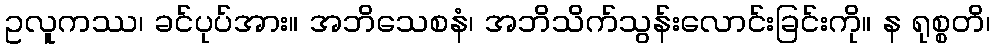
ဥလူကဿ၊ ခင်ပုပ်အား။ အဘိသေစနံ၊ အဘိသိက်သွန်းလောင်းခြင်းကို။ န ရုစ္စတိ၊